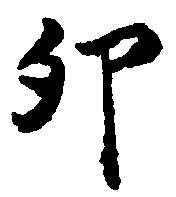
卯